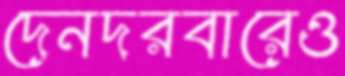
দেনদরবারেও